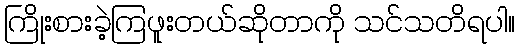
ကြိုးစားခဲ့ကြဖူးတယ်ဆိုတာကို သင်သတိရပါ။